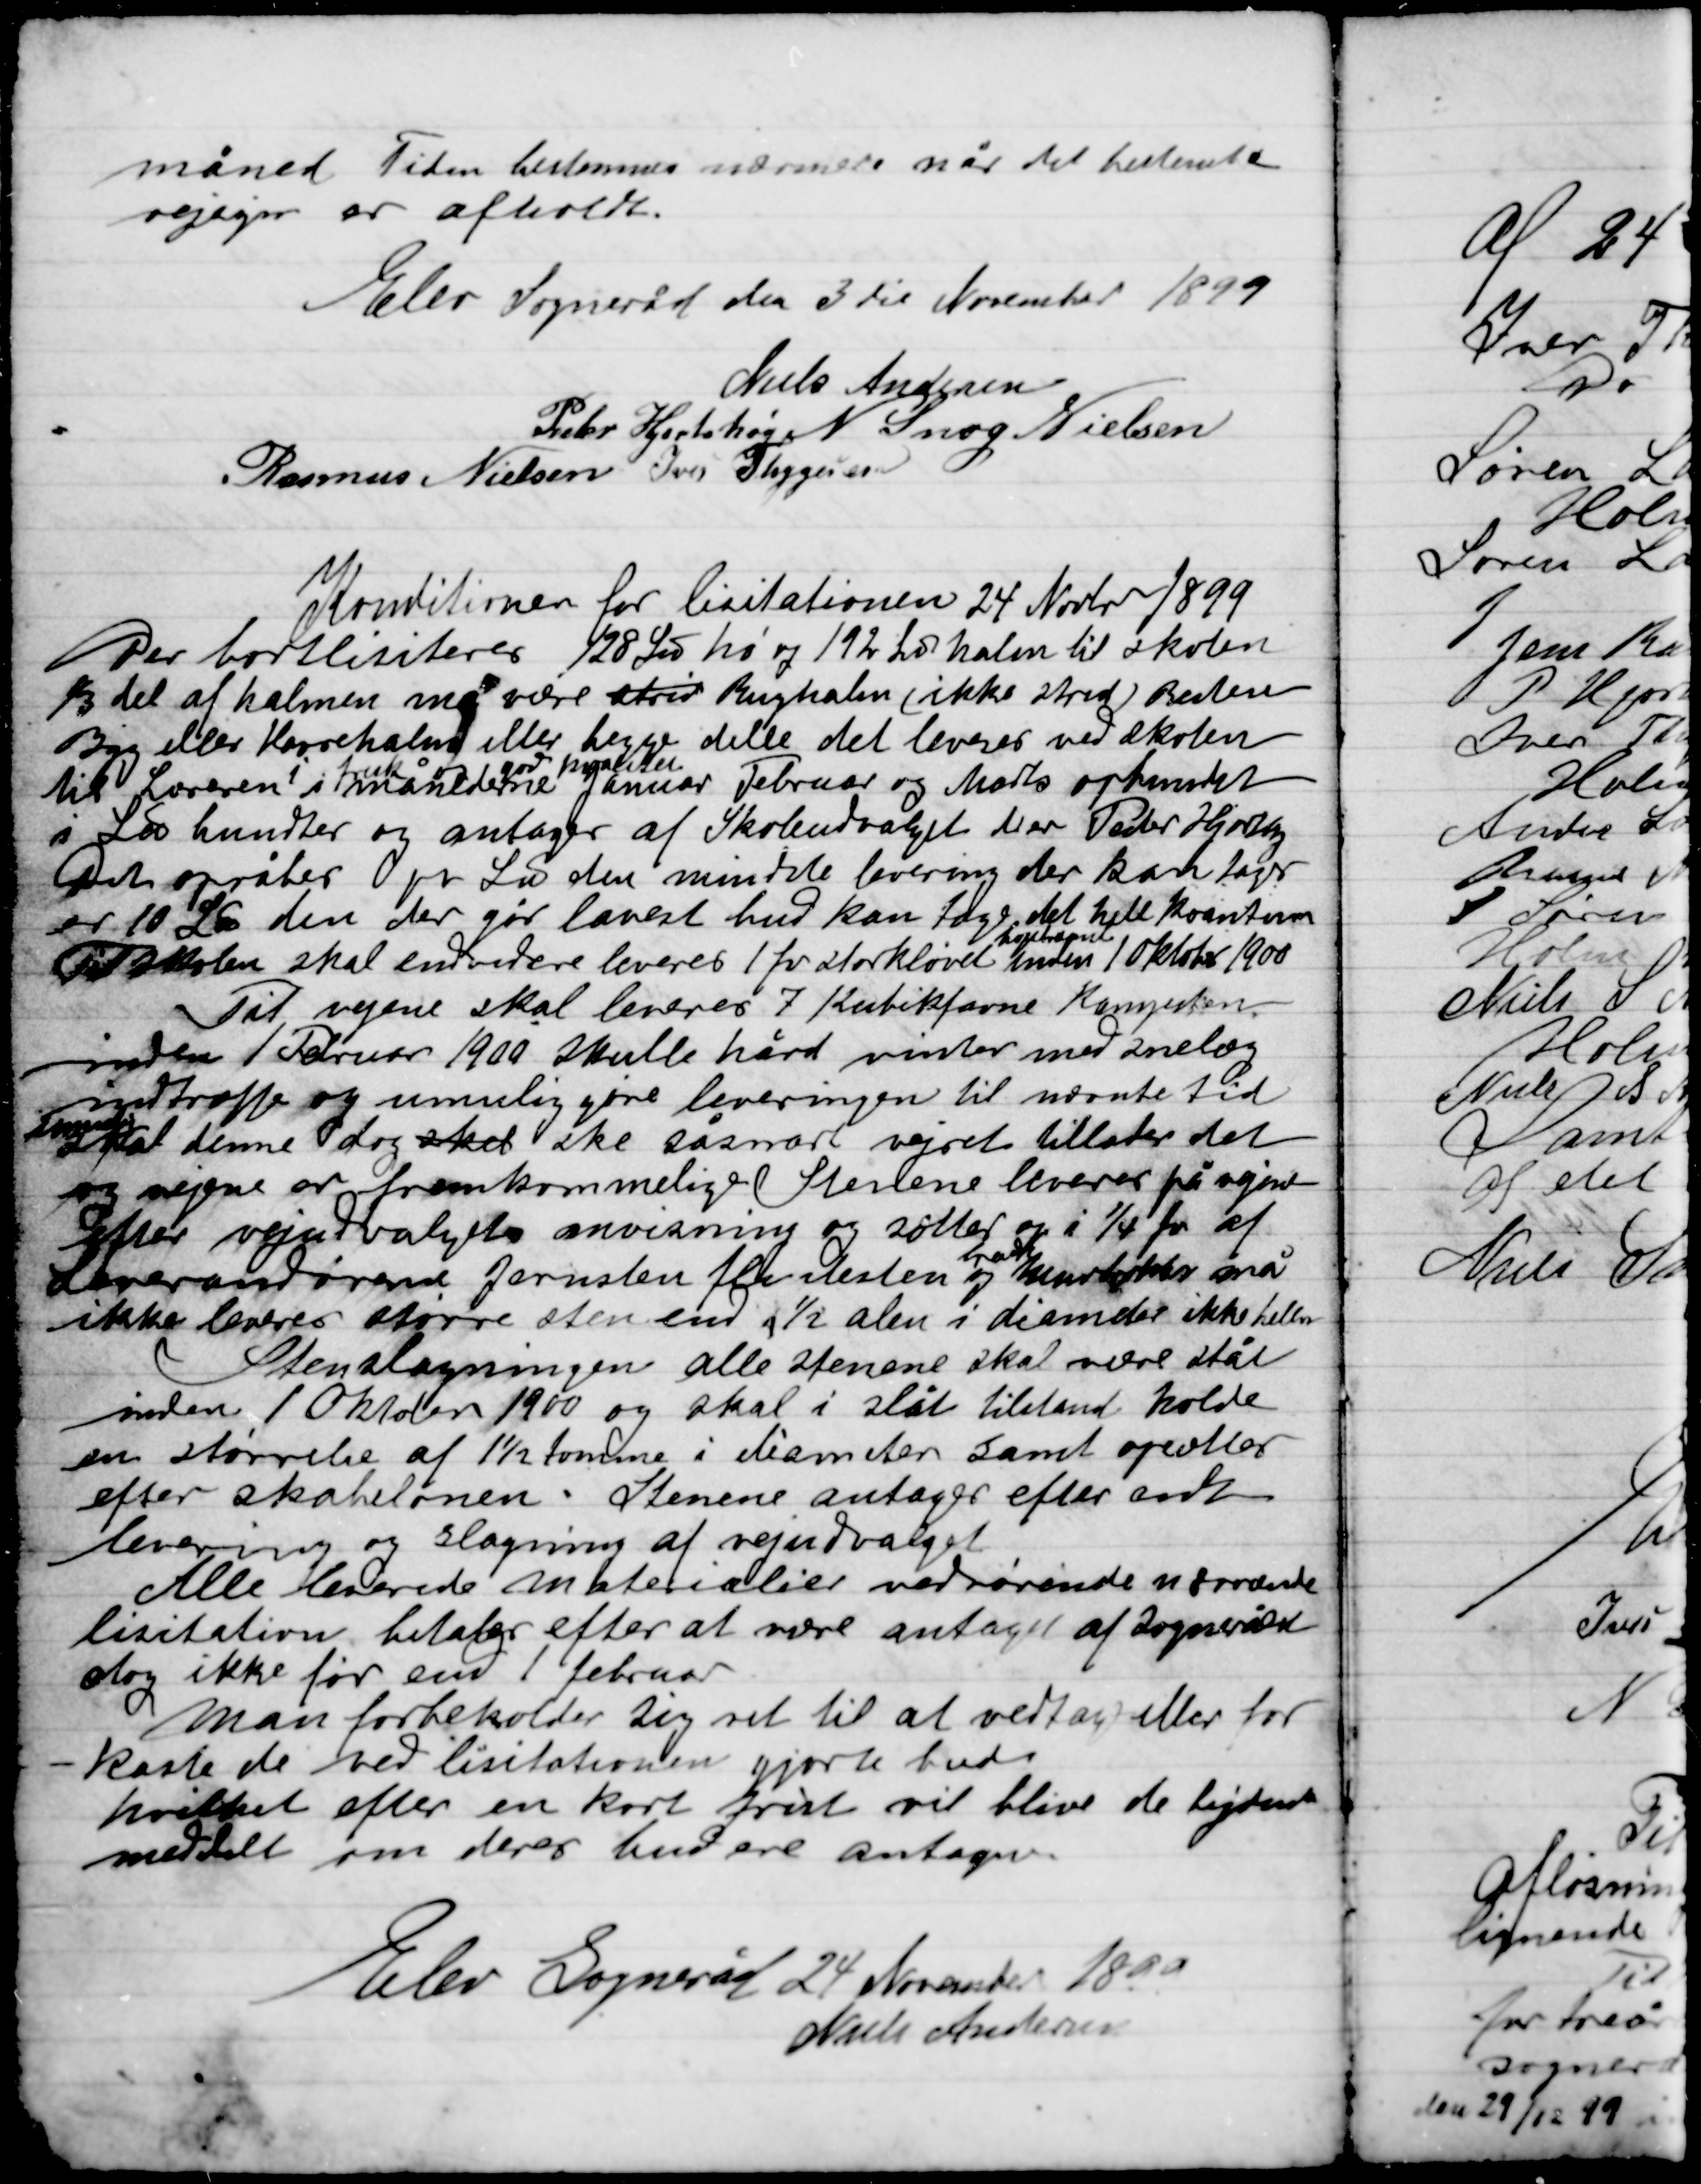
Transskription:
måned Tiden bestemmes nærmere når det bestemte
vejigm er afleveret.

Elev Sogneråd den 3die November 1899

Niels Andersen
Peder Hjortshøj
N. Snog Nielsen
Rasmus Nielsen
Ivar Thygesen

Konditionen for licitationen 24 November 1899
Der bortliciteres 128 Lod hø og 19 Ls halm til skolen
En del af halmen må være strød Rughalm (ikke strød) Resten
Byg eller Havrehalm eller begge dele det leveres ved skolen
til Læreren i
hver
månederne
gav halmen
Januar Februar og Marts opbundet
i Løs bunter og antager af Skoleudvalget de er Peder Hjortshøj
Det opråber pr Læs den mindste levering der kan tages
er 10 Ls den der går lavest bud kan tage det hele Kvantum
Til Skolen skal endvidere leveres 1 fv storkløvet
bøgetræ
inden 10 Oktober 1900
Til vejene skal leveres 7 Kubikfavn Kampesten.
Inden 1 Februar 1900 skulle hård vinter med snelæg
Indtræffe og umulig gøre leveringen til nævnte tid

skal denne dog sket ske såsnart vejret tillader det
Og vejene er fremkommelig Stenene leveres på vejene
efter vejudvalgets anvisning og sættes op i ¼ fv. af
Leverandøren Jernsten flintsten og
brændte
murstensbrokker må
ikke leveres større sten end ½ alen i diameter ikke heller
Stenslagningen alle stenene skal være slået
Inden 1 Oktober 1900 og skal i slået tilstand holde
en størrelse af 1½ tomme i diameter samt opsættes
efter skabelonen. Stenene antager efter endt
levering og slagning af vejudvalget.
Alle leverede materialer vedrørende nærværende
Licitation betales efter at være antaget af Sognerådet
dog ikke før end 1 Februar
Man forbeholder sig ret til at vedtage eller for-
kaste de ved licitationen gjorte bud
hvilket efter en kort frist vil blive de bydende
meddelt om deres bud ere antagen

Elev Sogneråd 24 November 1899
Niels Andersen